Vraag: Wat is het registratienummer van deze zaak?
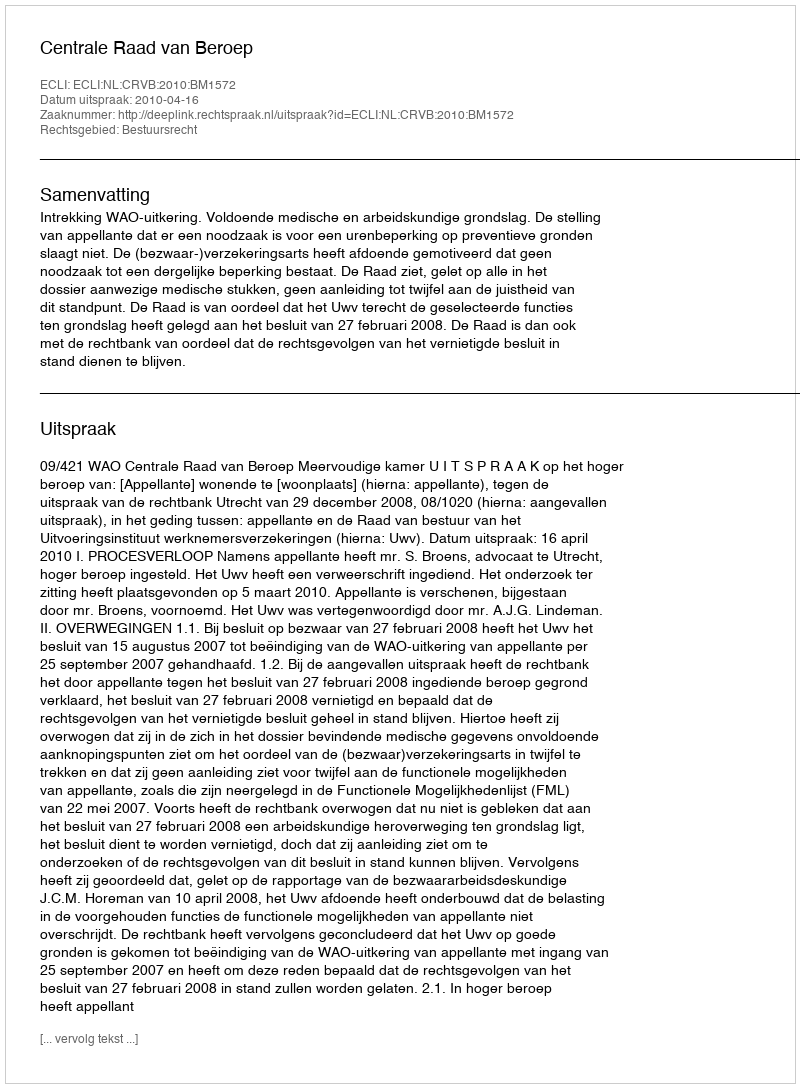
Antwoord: http://deeplink.rechtspraak.nl/uitspraak?id=ECLI:NL:CRVB:2010:BM1572